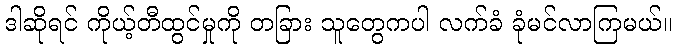
ဒါဆိုရင် ကိုယ့်တီထွင်မှုကို တခြား သူတွေကပါ လက်ခံ ခုံမင်လာကြမယ်။